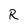
Character: R